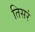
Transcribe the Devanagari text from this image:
तिसरं